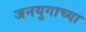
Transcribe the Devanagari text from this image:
जनयुगाच्या